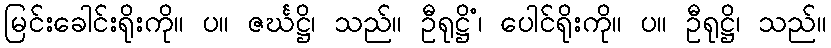
မြင်းခေါင်းရိုးကို။ ပ။ ဇင်္ဃဋ္ဌိ၊ သည်။ ဦရုဋ္ဌိံ၊ ပေါင်ရိုးကို။ ပ။ ဦရုဋ္ဌိ၊ သည်။